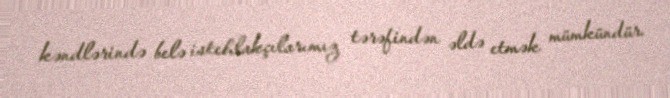
kəndlərində belə istehlakçılarımız tərəfindən əldə etmək mümkündür.